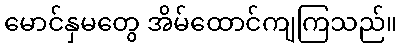
မောင်နှမတွေ အိမ်ထောင်ကျကြသည်။